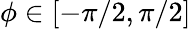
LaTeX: \phi\in[-\pi/2,\pi/2]